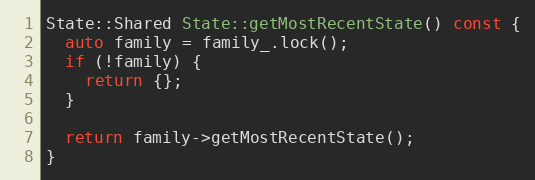
Language: C++
State::Shared State::getMostRecentState() const {
  auto family = family_.lock();
  if (!family) {
    return {};
  }

  return family->getMostRecentState();
}